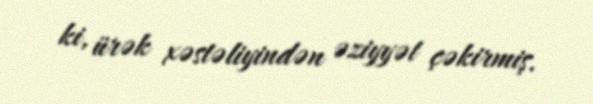
ki, ürək xəstəliyindən əziyyət çəkirmiş.